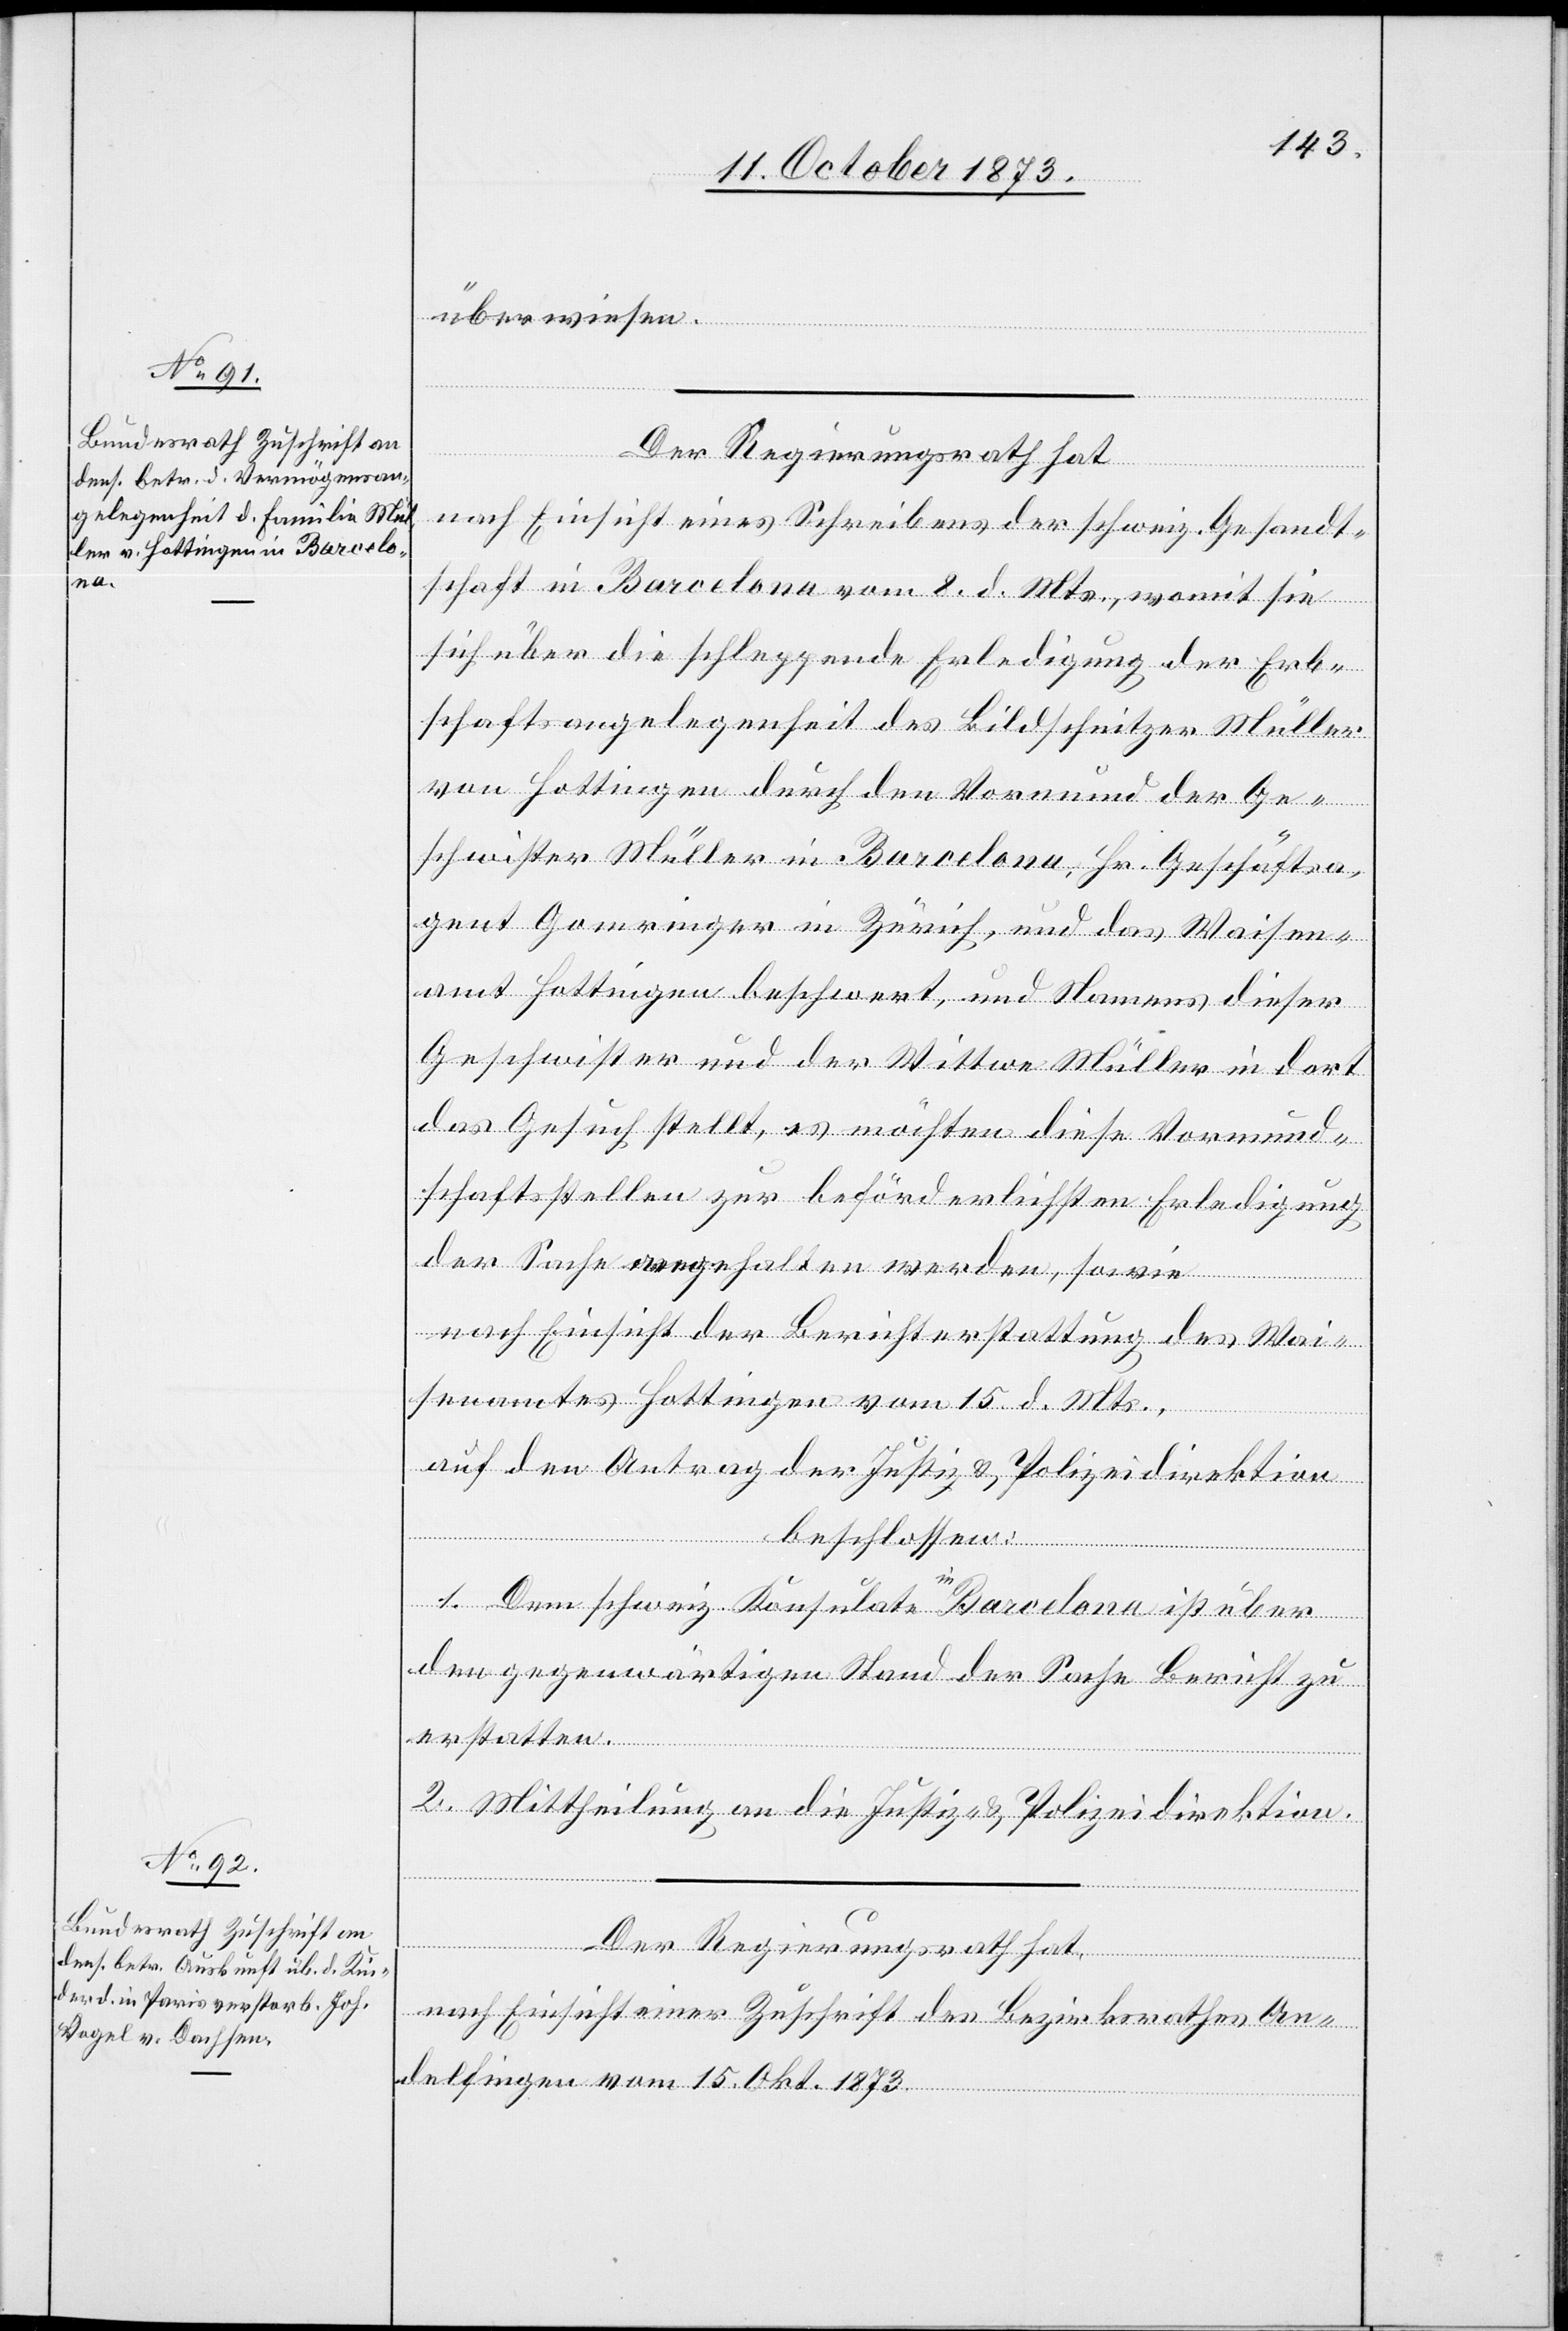
17. October 1873.]
überwiesen.
Der Regierungsrath hat
nach Einsicht eines Schreibens der schweiz. Gesandt¬
schaft in Barcelona vom 8. d. Mts., womit sie
sich über die schleppende Erledigung der Erb¬
schaftsangelegenheit des Bildschnitzer Müller
von Hottingen durch den Vormund der Ge¬
schwister Müller in Barcelona, Hr. Geschäftsa¬
gent Gomringer in Zürich, und das Waisen¬
amt Hottingen beschwert, und Namens dieser
Geschwister und der Wittwe Müller in dort
das Gesuch stellt, es möchten diese Vormund¬
schaftsstellen zur beförderlichsten Erledigung
der Sache angehalten werden, sowie
nach Einsicht der Berichterstattung des Wai¬
senamtes Hottingen vom 15. d. Mts.,
auf den Antrag der Justiz- & Polizeidirektion
beschlossen:
1. Dem schweiz. Konsulate in Barcelona ist über
den gegenwärtigen Stand der Sache Bericht zu
erstatten.
2. Mittheilung an die Justiz- & Polizeidirektion.
Der Regierungsrath hat,
nach Einsicht einer Zuschrift des Bezirksrathes An¬
delfingen vom 15. Okt. 1873